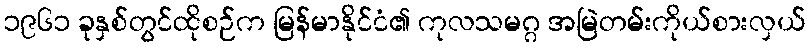
၁၉၆၁ ခုနှစ်တွင်ထိုစဉ်က မြန်မာနိုင်ငံ၏ ကုလသမဂ္ဂ အမြဲတမ်းကိုယ်စားလှယ်